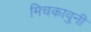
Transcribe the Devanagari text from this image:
मिचकावुनी